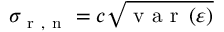
\sigma _ { \mathrm { ~ r ~ , ~ n ~ } } = c \sqrt { \mathrm { ~ v ~ a ~ r ~ } \left( \varepsilon \right) }